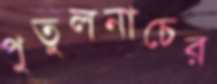
পুতুলনাচের